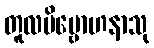
တူလဗိမ္ဗောဟနာသု